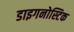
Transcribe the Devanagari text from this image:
डाइगनोस्टिक